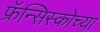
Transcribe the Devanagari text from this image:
फ्रॅन्सिस्कोच्या